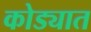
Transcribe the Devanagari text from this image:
कोड्यात